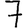
Digit: 7